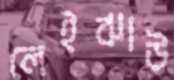
লেইঝাউ